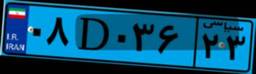
۱۳D۸۹۲۵۸